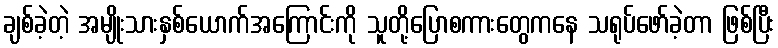
ချစ်ခဲ့တဲ့ အမျိုးသားနှစ်ယောက်အကြောင်းကို သူတို့ပြောစကားတွေကနေ သရုပ်ဖော်ခဲ့တာ ဖြစ်ပြီး